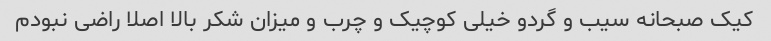
کیک صبحانه سیب و گردو خیلی کوچیک و چرب و میزان شکر بالا اصلا راضی نبودم